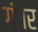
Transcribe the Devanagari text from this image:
गंतर